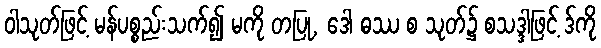
ဝါသုတ်ဖြင့် မန်ပစ္စည်းသက်၍ မကို တပြု, ဒေါ ဓဿ စ သုတ်၌ စသဒ္ဒါဖြင့် ဒ်ကို